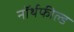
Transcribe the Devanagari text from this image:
नॉर्थफील्ड